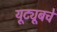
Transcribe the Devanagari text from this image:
यूट्यूबचे